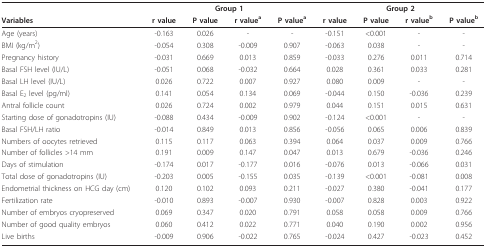
<table><thead><tr><td></td><td colspan="4"><b>Group 1</b></td><td colspan="4"><b>Group 2</b></td></tr><tr><td><b>Variables</b></td><td><b>r value</b></td><td><b>P value</b></td><td><b>r value<sup>a</sup></b></td><td><b>P value<sup>a</sup></b></td><td><b>r value</b></td><td><b>P value</b></td><td><b>r value<sup>b</sup></b></td><td><b>P value<sup>b</sup></b></td></tr></thead><tbody><tr><td>Age (years)</td><td>-0.163</td><td>0.026</td><td>-</td><td>-</td><td>-0.151</td><td>&lt;0.001</td><td>-</td><td>-</td></tr><tr><td>BMI (kg/m<sup>2</sup>)</td><td>-0.054</td><td>0.308</td><td>-0.009</td><td>0.907</td><td>-0.063</td><td>0.038</td><td>-</td><td>-</td></tr><tr><td>Pregnancy history</td><td>-0.031</td><td>0.669</td><td>0.013</td><td>0.859</td><td>-0.033</td><td>0.276</td><td>0.011</td><td>0.714</td></tr><tr><td>Basal FSH level (IU/L)</td><td>-0.051</td><td>0.068</td><td>-0.032</td><td>0.664</td><td>0.028</td><td>0.361</td><td>0.033</td><td>0.281</td></tr><tr><td>Basal LH level (IU/L)</td><td>0.026</td><td>0.722</td><td>0.007</td><td>0.927</td><td>0.080</td><td>0.009</td><td>-</td><td>-</td></tr><tr><td>Basal E<sub>2 </sub>level (pg/ml)</td><td>0.141</td><td>0.054</td><td>0.134</td><td>0.069</td><td>-0.044</td><td>0.150</td><td>-0.036</td><td>0.239</td></tr><tr><td>Antral follicle count</td><td>0.026</td><td>0.724</td><td>0.002</td><td>0.979</td><td>0.044</td><td>0.151</td><td>0.015</td><td>0.631</td></tr><tr><td>Starting dose of gonadotropins (IU)</td><td>-0.088</td><td>0.434</td><td>-0.009</td><td>0.902</td><td>-0.124</td><td>&lt;0.001</td><td>-</td><td>-</td></tr><tr><td>Basal FSH/LH ratio</td><td>-0.014</td><td>0.849</td><td>0.013</td><td>0.856</td><td>-0.056</td><td>0.065</td><td>0.006</td><td>0.839</td></tr><tr><td>Numbers of oocytes retrieved</td><td>0.115</td><td>0.117</td><td>0.063</td><td>0.394</td><td>0.064</td><td>0.037</td><td>0.009</td><td>0.766</td></tr><tr><td>Number of follicles &gt;14 mm</td><td>0.191</td><td>0.009</td><td>0.147</td><td>0.047</td><td>0.013</td><td>0.679</td><td>-0.036</td><td>0.246</td></tr><tr><td>Days of stimulation</td><td>-0.174</td><td>0.017</td><td>-0.177</td><td>0.016</td><td>-0.076</td><td>0.013</td><td>-0.066</td><td>0.031</td></tr><tr><td>Total dose of gonadotropins (IU)</td><td>-0.203</td><td>0.005</td><td>-0.155</td><td>0.035</td><td>-0.139</td><td>&lt;0.001</td><td>-0.081</td><td>0.008</td></tr><tr><td>Endometrial thickness on HCG day (cm)</td><td>0.120</td><td>0.102</td><td>0.093</td><td>0.211</td><td>-0.027</td><td>0.380</td><td>-0.041</td><td>0.177</td></tr><tr><td>Fertilization rate</td><td>-0.010</td><td>0.893</td><td>-0.007</td><td>0.930</td><td>-0.007</td><td>0.828</td><td>0.003</td><td>0.922</td></tr><tr><td>Number of embryos cryopreserved</td><td>0.069</td><td>0.347</td><td>0.020</td><td>0.791</td><td>0.058</td><td>0.058</td><td>0.009</td><td>0.766</td></tr><tr><td>Number of good quality embryos</td><td>0.060</td><td>0.412</td><td>0.022</td><td>0.771</td><td>0.040</td><td>0.190</td><td>0.002</td><td>0.956</td></tr><tr><td>Live births</td><td>-0.009</td><td>0.906</td><td>-0.022</td><td>0.765</td><td>-0.024</td><td>0.427</td><td>-0.023</td><td>0.452</td></tr></tbody></table>